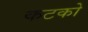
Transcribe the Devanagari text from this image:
कटको